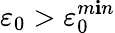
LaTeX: \varepsilon_{0}>\varepsilon_{0}^{m\mathbf{i}n}